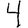
Digit: 4